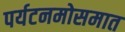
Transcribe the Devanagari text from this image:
पर्यटनमोसमात